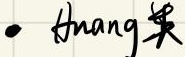
$\bullet$  $\text{shang}$ 美